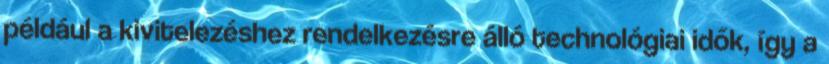
például a kivitelezéshez rendelkezésre álló technológiai idők, így a